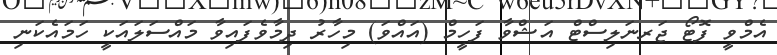
އެމްވީ ފޮޓޯ ޖަރނަލިސްޓް އަޝްވާ ފަހީމް (އައްވަ) މިހާރު ދިމާވެފައިވާ މައްސަލައަކީ ހަމައެކަނި